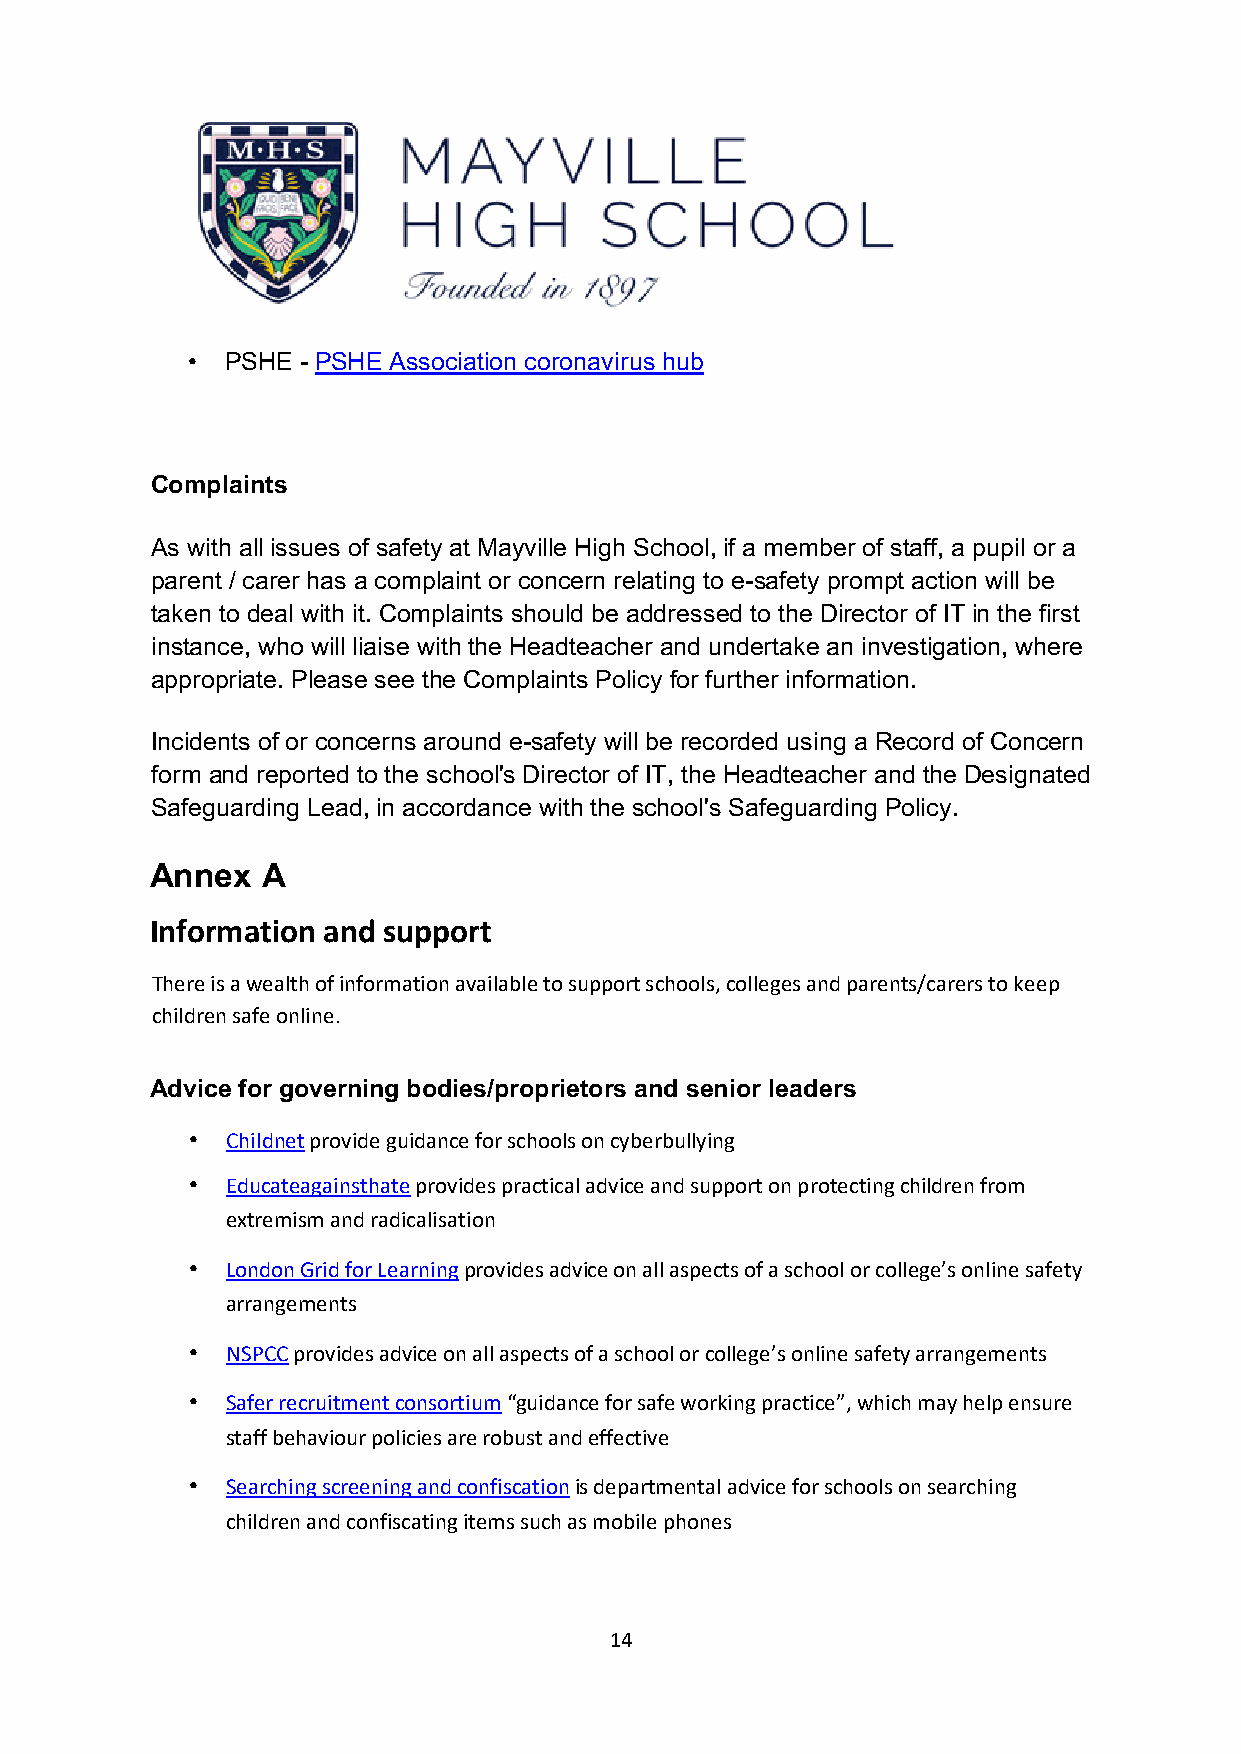
•  PSHE - PSHE Association coronavirus hub
 Complaints
 As with all issues of safety at Mayville High School, if a member of staff, a pupil or a
 parent / carer has a complaint or concern relating to e-safety prompt action will be
 taken to deal with it. Complaints should be addressed to the Director of IT in the first
 instance, who will liaise with the Headteacher and undertake an investigation, where
 appropriate. Please see the Complaints Policy for further information.
 Incidents of or concerns around e-safety will be recorded using a Record of Concern
 form and reported to the school's Director of IT, the Headteacher and the Designated
 Safeguarding Lead, in accordance with the school's Safeguarding Policy.
 Annex  A
 Information and support
 There is a wealth of information available to support schools, colleges and parents/carers to keep
 children safe online.
 Advice for governing bodies/proprietors and senior leaders
 •  Childnet provide guidance for schools on cyberbullying
 •  Educateagainsthate provides practical advice and support on protecting children from
 extremism and radicalisation
 •  London Grid for Learning provides advice on all aspects of a school or college’s online safety
 arrangements
 •  NSPCC provides advice on all aspects of a school or college’s online safety arrangements
 •  Safer recruitment consortium “guidance for safe working practice”, which may help ensure
 staff behaviour policies are robust and effective
 •  Searching screening and confiscation is departmental advice for schools on searching
 children and confiscating items such as mobile phones
 14